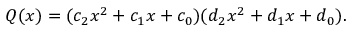
Q ( x ) = ( c _ { 2 } x ^ { 2 } + c _ { 1 } x + c _ { 0 } ) ( d _ { 2 } x ^ { 2 } + d _ { 1 } x + d _ { 0 } ) .